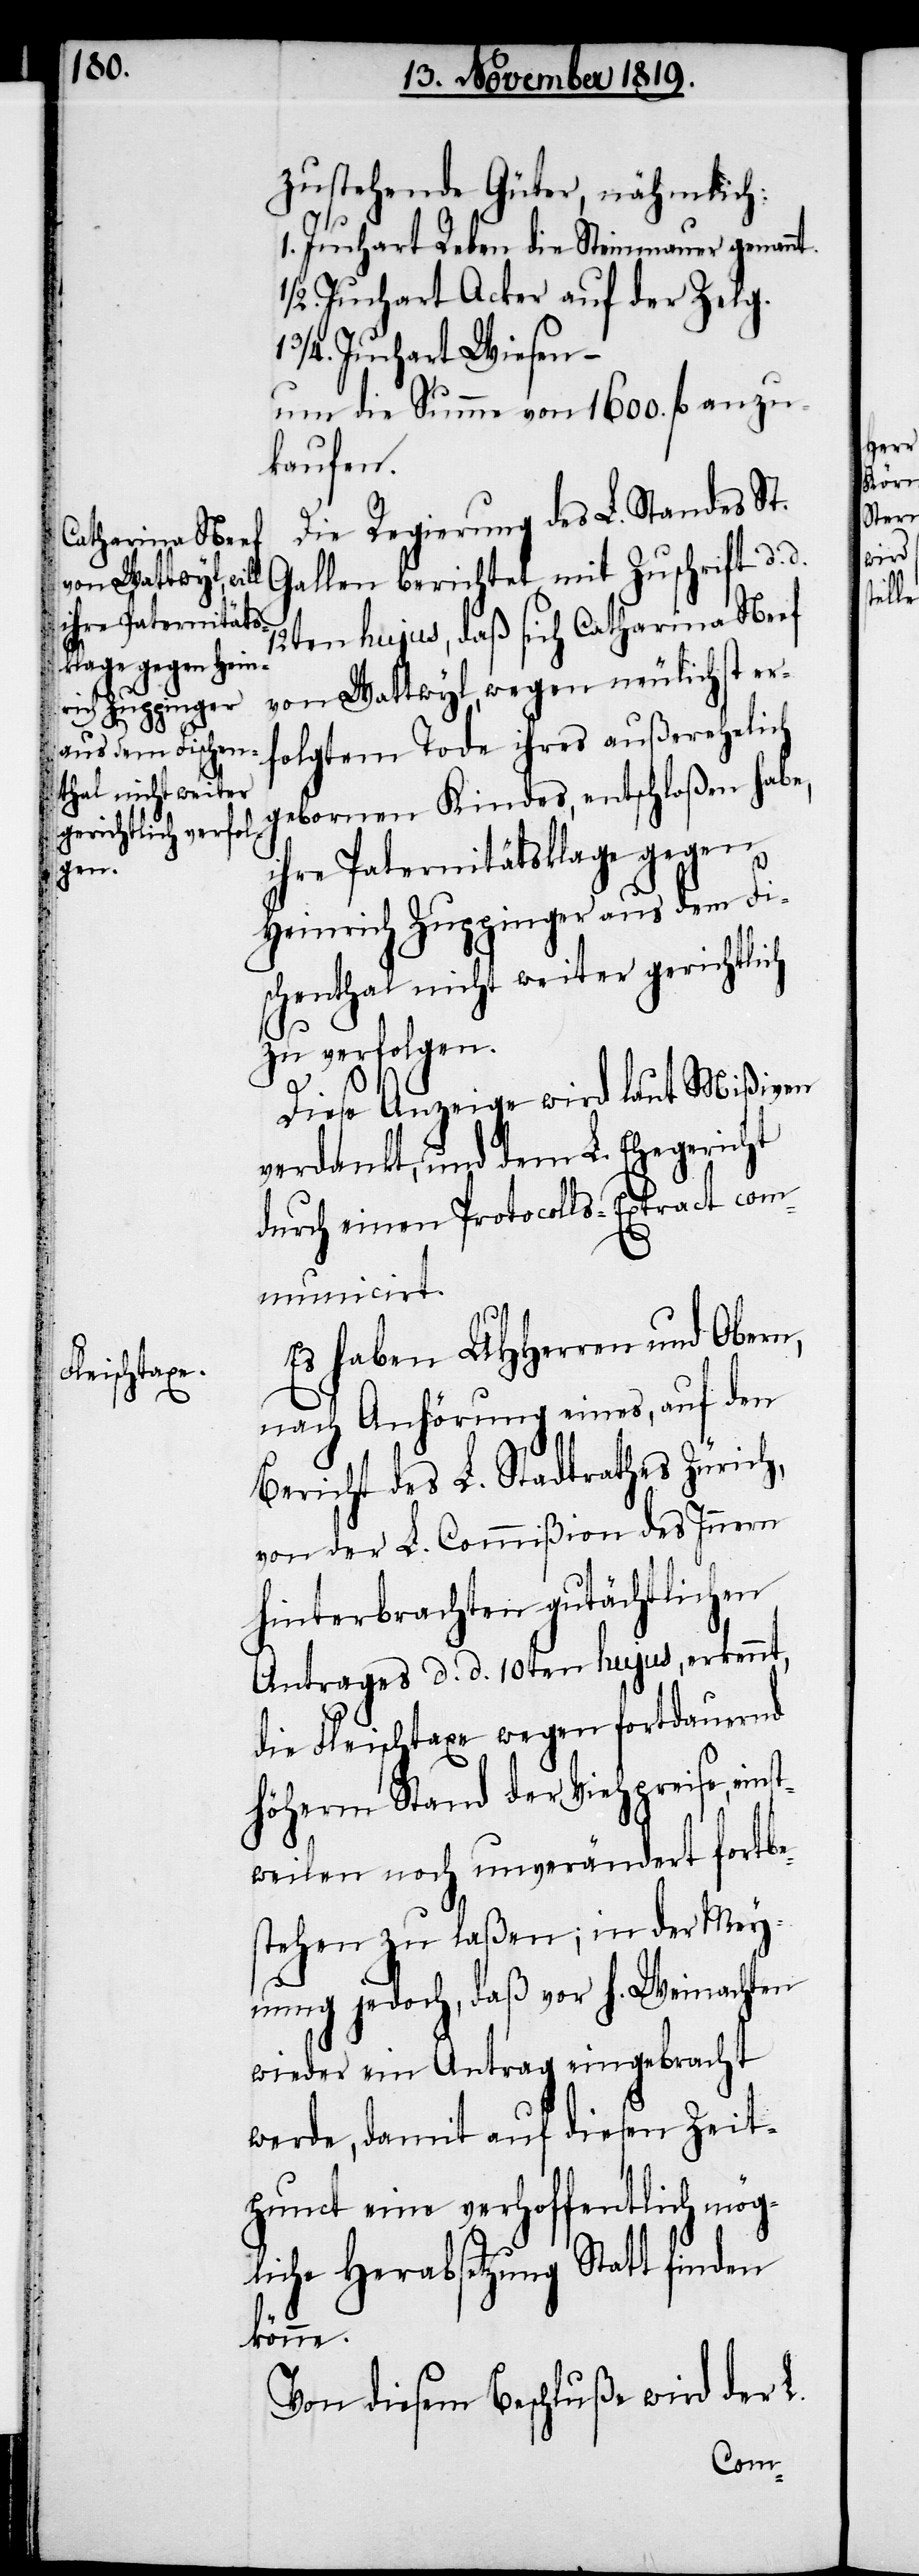
zustehende Güter, nähmlich:
1. Juchart Reben die Steinmauer genann¬
½. Juchart Acker auf der Zelg.
1 ¾. Juchart Wiesen –
um die Summe von 1600. fl. anzu¬
kaufen.
Die Regierung des L. Standes St.
Gallen berichtet mit Zuschrift d.
12ten hujus, daß sich Catharina Neef
von Wattwyl, wegen neulichst erf¬
olgtem Tode ihres außerehelich
gebornen Kindes, entschloßen habe,
ihre Paternitätsklage gegen
Heinrich Zuppinger aus dem Fi¬
schenthal nicht weiter gerichtlich
zu verfolgen.
Diese Anzeige wird laut Mißiven
verdankt, und dem L. Ehegericht
durch einen Protocolls-Extract com¬
municirt.
Es haben UHHerren und Obern,
nach Anhörung eines, auf den
Bericht des L. Stadtrathes Zürich,
von der L. Commißion des Innern
hinterbrachten gutächtlichen
Antrages d. d. 10ten hujus, erkennt,
die Fleischtaxe wegen fortdauernd
höherm Stand der Viehpreise, ein¬
weilen noch unverändert fortbe¬
stehen zu laßen; in der Mey¬
nung jedoch, daß vor h[eiligen]
wieder ein Antrag eingebracht
werde, damit auf diesen Zeit¬
punct eine verhoffentlich mög¬
liche Herabsetzung Statt finden
könne.
Von diesem Beschluße wird der L.

st¬